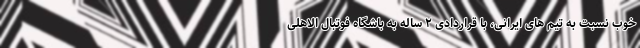
خوب نسبت به تیم های ایرانی، با قراردادی ۲ ساله به باشگاه فوتبال الاهلی